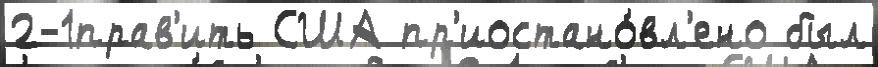
2-1прав'ить США пр'иостано́вл'ено был